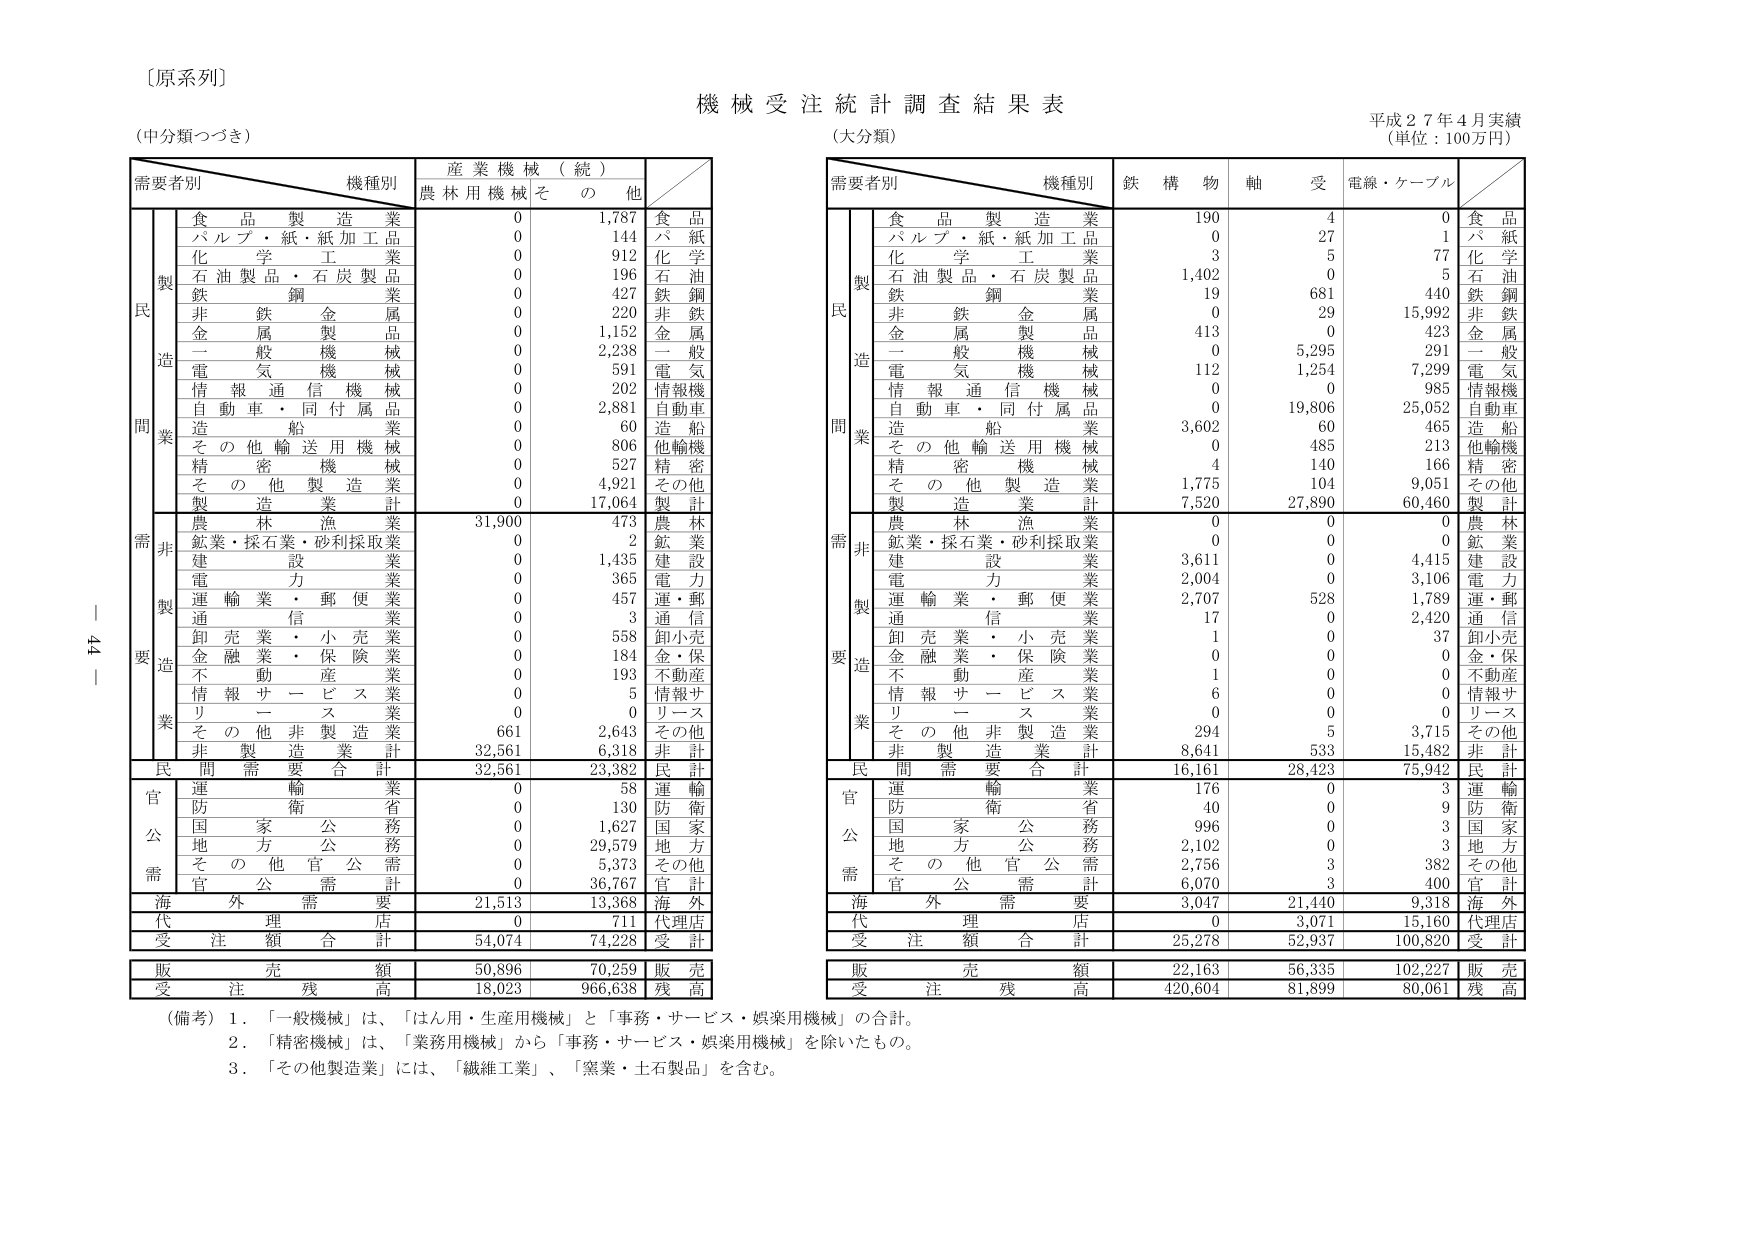
〔原系列〕

機械受注統計調査結果表

（中分類つづき）

需要者別　　機種別　　産業機械（続）　　／
　　　　　　　　　　　農林用機械　　その他

　　　　食品製造業　　　　0　　　　1,787　　食品
　　　　パルプ・紙・紙加工品　　0　　　　144　　パ紙
　　　　化学工業　　　　　　0　　　　912　　化学
　　　　石油製品・石炭製品　　0　　　　196　　石油
　　　　鉄鋼業　　　　　　　0　　　　427　　鉄鋼
　　　　非鉄金属業　　　　　0　　　　220　　非鉄
　　　　金属製品　　　　　　0　　　　1,152　　金属
　　　　一般機械　　　　　　0　　　　2,238　　一般
　　　　電気機械　　　　　　0　　　　591　　電気
　　　　情報通信機械　　　　0　　　　202　　情報機
　　　　自動車・同付属品　　0　　　　2,881　　自動車
　　　　造船業　　　　　　　0　　　　60　　造船
　　　　その他輸送用機械　　0　　　　806　　他輸機
　　　　精密機械　　　　　　0　　　　527　　精密
　　　　その他製造業　　　　0　　　　4,921　　その他
　　　　製造業計　　　　　　0　　　　17,064　　製計

　　　　農林漁業　　　　　31,900　　　473　　農林
　　　　鉱業・採石業・砂利採取業　　0　　　　2　　鉱業
　　　　建設業　　　　　　　0　　　　1,435　　建設
　　　　電力業　　　　　　　0　　　　365　　電力
　　　　運輸業・郵便業　　　0　　　　457　　運・郵
　　　　通信業　　　　　　　0　　　　3　　通信
　　　　卸売業・小売業　　　0　　　　558　　卸小売
　　　　金融業・保険業　　　0　　　　184　　金・保
　　　　不動産業　　　　　　0　　　　193　　不動産
　　　　情報サービス業　　　0　　　　5　　情報サ
　　　　リース業　　　　　　0　　　　0　　リース
　　　　その他非製造業　　　661　　　2,643　　その他
　　　　非製造業計　　　　32,561　　　6,318　　非計

　　　　民間需要合計　　　32,561　　　23,382　　民計

　　　　官公需
　　　　運輸業　　　　　　　0　　　　58　　運輸
　　　　防衛省　　　　　　　0　　　　130　　防衛
　　　　国家公務　　　　　　0　　　　1,627　　国家
　　　　地方公務　　　　　　0　　　　29,579　　地方
　　　　その他官公需　　　　0　　　　5,373　　その他
　　　　官公需計　　　　　　0　　　　36,767　　官計

　　　　海外需要　　　　　21,513　　　13,368　　海外

　　　　代理店　　　　　　　0　　　　711　　代理店

　　　　受注額合計　　　　54,074　　　74,228　　受計

　　　　販売額　　　　　　50,896　　　70,259　　販売

　　　　受注残高　　　　　18,023　　　966,638　　残高

（備考）1．「一般機械」は、「はん用・生産用機械」と「事務・サービス・娯楽用機械」の合計。
　　　　2．「精密機械」は、「業務用機械」から「事務・サービス・娯楽用機械」を除いたもの。
　　　　3．「その他製造業」には、「繊維工業」、「窯業・土石製品」を含む。

（大分類）

需要者別　　機種別　　鉄構物　　軸受　　電線・ケーブル　　／

　　　　食品製造業　　　　190　　　　4　　　　0　　食品
　　　　パルプ・紙・紙加工品　　0　　　　27　　　　1　　パ紙
　　　　化学工業　　　　　　3　　　　5　　　　77　　化学
　　　　石油製品・石炭製品　　1,402　　　0　　　　5　　石油
　　　　鉄鋼業　　　　　　　19　　　　681　　　440　　鉄鋼
　　　　非鉄金属業　　　　　0　　　　29　　　　15,992　　非鉄
　　　　金属製品　　　　　　413　　　0　　　　423　　金属
　　　　一般機械　　　　　　0　　　　5,295　　　291　　一般
　　　　電気機械　　　　　　112　　　1,254　　　7,299　　電気
　　　　情報通信機械　　　　0　　　　0　　　　985　　情報機
　　　　自動車・同付属品　　0　　　　19,806　　　25,052　　自動車
　　　　造船業　　　　　　　3,602　　　60　　　　465　　造船
　　　　その他輸送用機械　　0　　　　485　　　　213　　他輸機
　　　　精密機械　　　　　　4　　　　140　　　　166　　精密
　　　　その他製造業　　　　1,775　　　104　　　9,051　　その他
　　　　製造業計　　　　　　7,520　　　27,890　　　60,460　　製計

　　　　農林漁業　　　　　0　　　　0　　　　0　　農林
　　　　鉱業・採石業・砂利採取業　　0　　　　0　　　　0　　鉱業
　　　　建設業　　　　　　　3,611　　　0　　　　4,415　　建設
　　　　電力業　　　　　　　2,004　　　0　　　　3,106　　電力
　　　　運輸業・郵便業　　　2,707　　　528　　　1,789　　運・郵
　　　　通信業　　　　　　　17　　　　0　　　　2,420　　通信
　　　　卸売業・小売業　　　1　　　　0　　　　37　　卸小売
　　　　金融業・保険業　　　0　　　　0　　　　0　　金・保
　　　　不動産業　　　　　　1　　　　0　　　　0　　不動産
　　　　情報サービス業　　　6　　　　0　　　　0　　情報サ
　　　　リース業　　　　　　0　　　　0　　　　0　　リース
　　　　その他非製造業　　　294　　　5　　　　3,715　　その他
　　　　非製造業計　　　　8,641　　　533　　　15,482　　非計

　　　　民間需要合計　　　16,161　　　28,423　　　75,942　　民計

　　　　官公需
　　　　運輸業　　　　　　　176　　　0　　　　3　　運輸
　　　　防衛省　　　　　　　40　　　0　　　　9　　防衛
　　　　国家公務　　　　　　996　　　0　　　　3　　国家
　　　　地方公務　　　　　　2,102　　　0　　　　3　　地方
　　　　その他官公需　　　　2,756　　　3　　　　382　　その他
　　　　官公需計　　　　　　6,070　　　3　　　　400　　官計

　　　　海外需要　　　　　3,047　　　21,440　　　9,318　　海外

　　　　代理店　　　　　　　0　　　　3,071　　　15,160　　代理店

　　　　受注額合計　　　　25,278　　　52,937　　　100,820　　受計

　　　　販売額　　　　　　22,163　　　56,335　　　102,227　　販売

　　　　受注残高　　　　　420,604　　　81,899　　　80,061　　残高

平成27年4月実績
（単位：100万円）

44-1